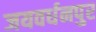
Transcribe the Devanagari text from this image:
जयवर्धनपुर